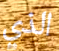
الذي